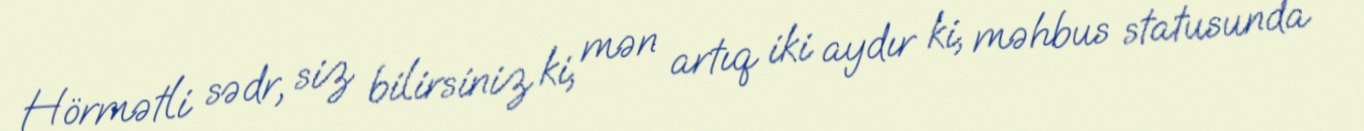
Hörmətli sədr, siz bilirsiniz ki, mən artıq iki aydır ki, məhbus statusunda